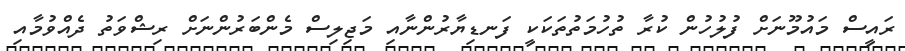
ރައީސް މައުމޫނަށް ފުލުހުން ކުރާ ތުހުމަތުތަކަކީ ފަނޑިޔާރުންނާއި މަޖިލިސް މެންބަރުންނަށް ރިޝްވަތު ދެއްވުމާއި